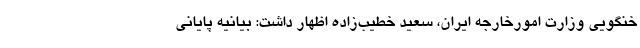
خنگویی وزارت امورخارجه ایران، سعید خطیب‌زاده اظهار داشت: بیانیه پایانی